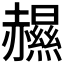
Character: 𧹽